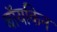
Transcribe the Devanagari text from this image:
बॉयकिन